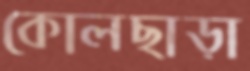
কোলছাড়া